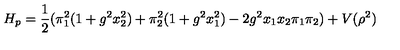
H _ { p } = \frac { 1 } { 2 } ( \pi _ { 1 } ^ { 2 } ( 1 + g ^ { 2 } x _ { 2 } ^ { 2 } ) + \pi _ { 2 } ^ { 2 } ( 1 + g ^ { 2 } x _ { 1 } ^ { 2 } ) - 2 g ^ { 2 } x _ { 1 } x _ { 2 } \pi _ { 1 } \pi _ { 2 } ) + V ( \rho ^ { 2 } )